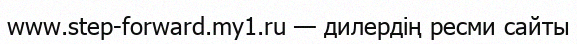
www.step-forward.my1.ru — дилердің ресми сайты